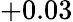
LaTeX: +0.03